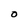
Character: O